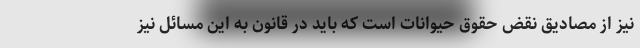
نیز از مصادیق نقض حقوق حیوانات است که باید در قانون به این مسائل نیز